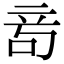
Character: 𥩮